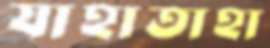
যাহাতাহা